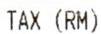
TAX (RM)